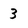
Character: 3